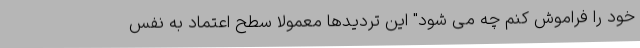
خود را فراموش کنم چه می شود" این تردیدها معمولاً سطح اعتماد به نفس